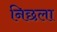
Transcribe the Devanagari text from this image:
निछला